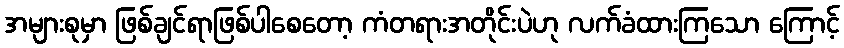
အများစုမှာ ဖြစ်ချင်ရာဖြစ်ပါစေတော့ ကံတရားအတိုင်းပဲဟု လက်ခံထားကြသော ကြောင့်